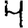
Digit: 4